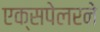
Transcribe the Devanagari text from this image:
एक्सपेलरने